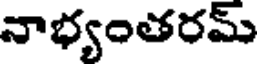
నాభ్యంతరమ్